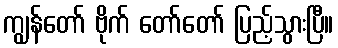
ကျွန်တော် ဗိုက် တော်တော် ပြည့်သွားပြီ။